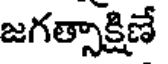
జగత్సాక్షిణే